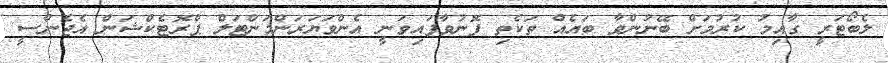
ލެބޯޓަރީ ގާއިމު ކުރުމަށް ބޭނުންވާ ބައެއް ތަކެތި ފޮނުވާފައިވަނީ އެންވަޔަރަންމަންޓަލް ޕްރޮޓެކްޝަން އެޖެންސީ